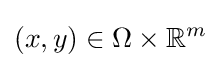
(x,y)\in \Omega \times \mathbb {R} ^{m}